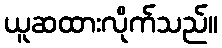
ယူဆထားလိုက်သည်။